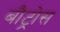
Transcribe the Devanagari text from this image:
बौट्रोस